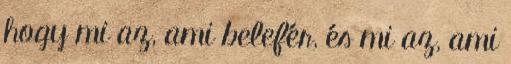
hogy mi az, ami belefér, és mi az, ami